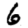
Digit: 6